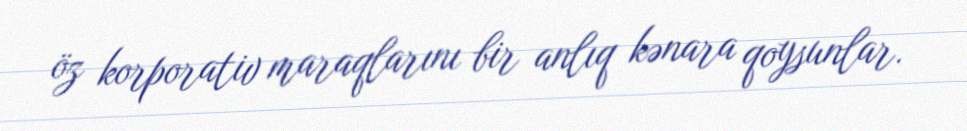
öz korporativ maraqlarını bir anlıq kənara qoysunlar.